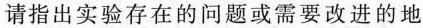
请指出实验存在的问题或需要改进的地